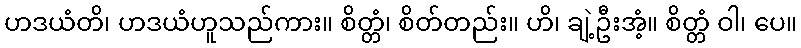
ဟဒယံတိ၊ ဟဒယံဟူသည်ကား။ စိတ္တံ၊ စိတ်တည်း။ ဟိ၊ ချဲ့ဦးအံ့။ စိတ္တံ ဝါ၊ ပေ။